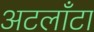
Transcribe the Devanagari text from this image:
अटलाँटा